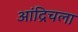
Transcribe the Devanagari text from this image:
आंद्रिचला